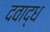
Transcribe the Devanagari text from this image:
दवाद्ध